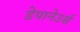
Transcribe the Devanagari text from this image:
डेपानेउर्स